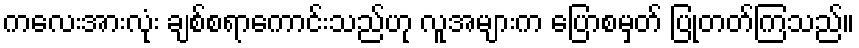
ကလေးအားလုံး ချစ်စရာကောင်းသည်ဟု လူအများက ပြောစမှတ် ပြုတတ်ကြသည်။